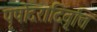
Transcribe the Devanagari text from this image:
पृषोदरादिवृत्ति